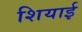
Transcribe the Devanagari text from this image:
शियाई